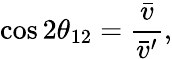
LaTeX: \cos 2\theta_{12}=\frac{\bar{v}}{\bar{v}^{\prime}},